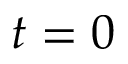
t = 0